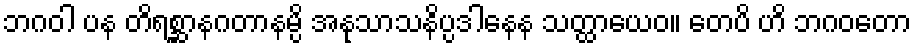
ဘဂဝါ ပန တိရစ္ဆာနဂတာနမ္ပိ အနုသာသနိပ္ပဒါနေန သတ္ထာယေဝ။ တေပိ ဟိ ဘဂဝတော